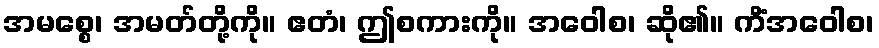
အမစ္စေ၊ အမတ်တို့ကို။ ဧတံ၊ ဤစကားကို။ အဝေါစ၊ ဆို၏။ ကိံအဝေါစ၊